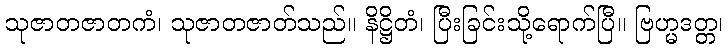
သုဇာတဇာတကံ၊ သုဇာတဇာတ်သည်။ နိဋ္ဌိတံ၊ ပြီးခြင်းသို့ရောက်ပြီ။ ဗြဟ္မဒတ္တ၊